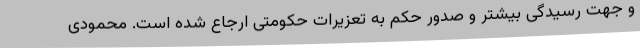
و جهت رسیدگی بیشتر و صدور حکم به تعزیرات حکومتی ارجاع شده است. محمودی